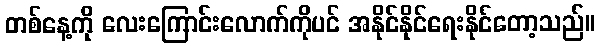
တစ်နေ့ကို လေးကြောင်းလောက်ကိုပင် အနိုင်နိုင်ရေးနိုင်တော့သည်။